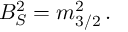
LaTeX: B _ { S } ^ { 2 } = m _ { 3 / 2 } ^ { 2 } \, .